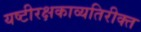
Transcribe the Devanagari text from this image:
यष्टीरक्षकाव्यतिरीक्त